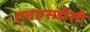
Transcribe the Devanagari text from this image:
एचएसडीसी